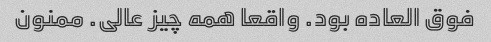
فوق العاده بود. واقعا همه چیز عالی. ممنون